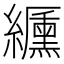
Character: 𦇟